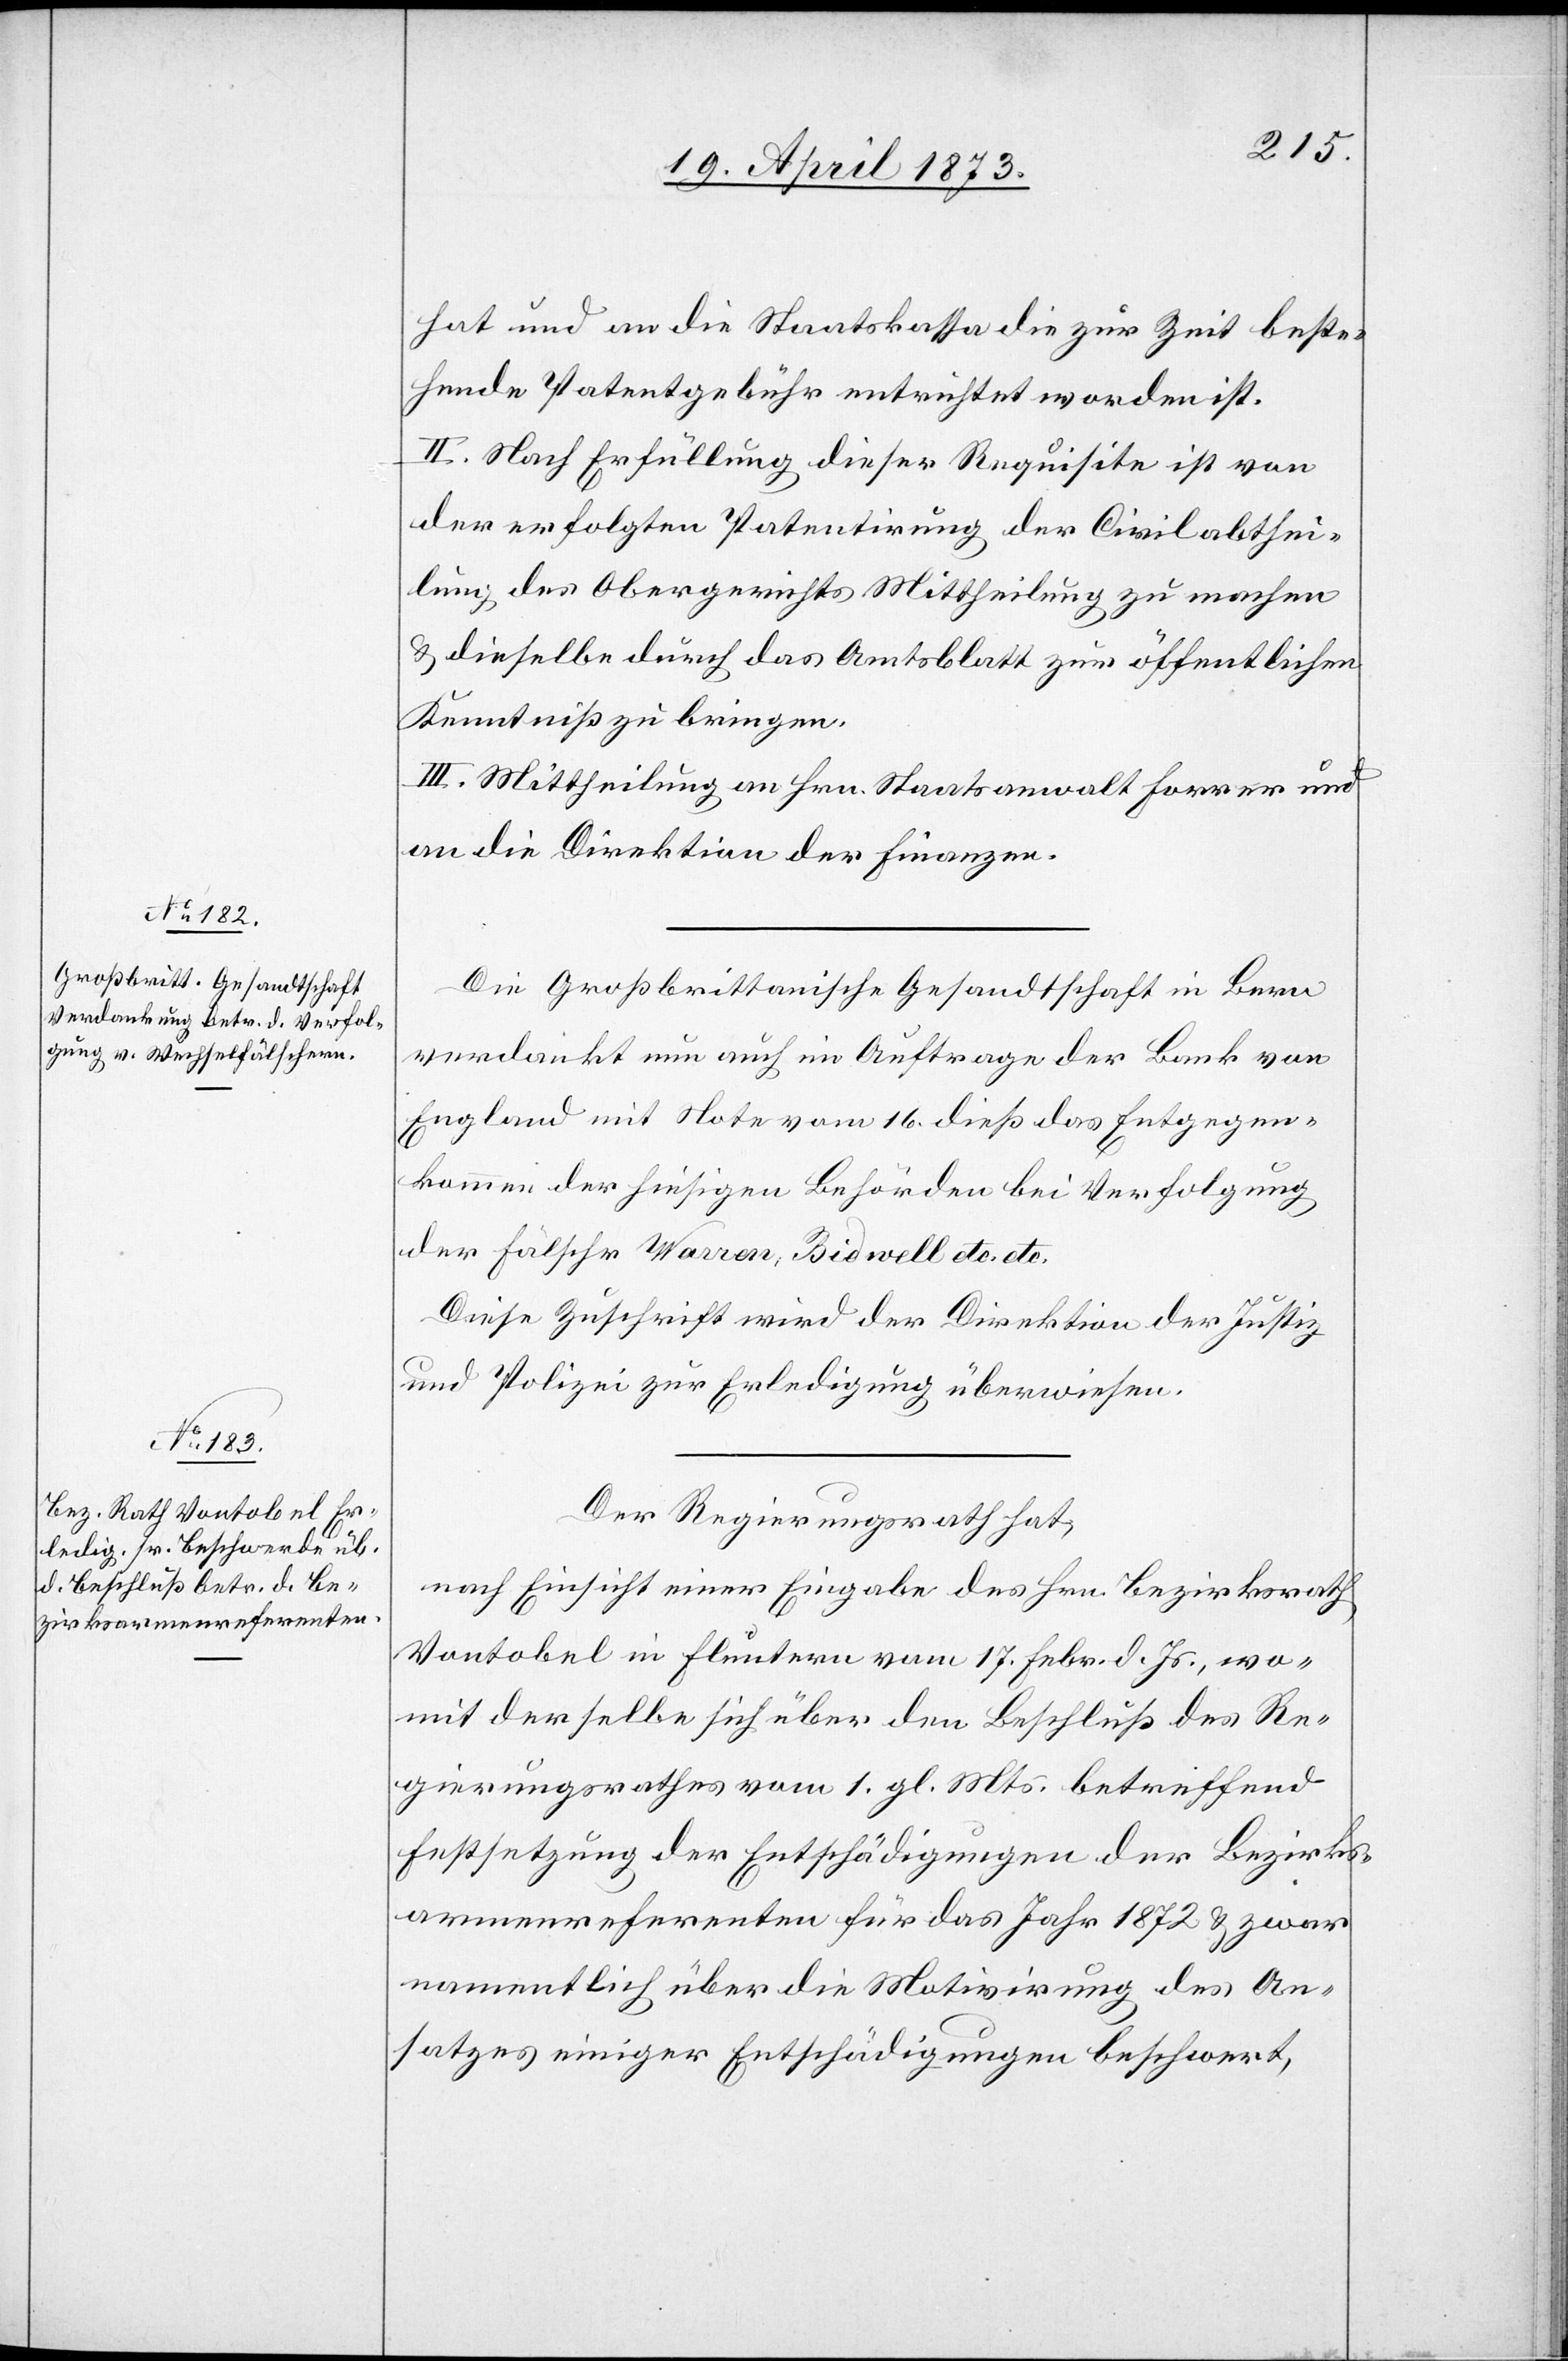
hat und an die Staatskassa die zur Zeit beste¬
hende Patentgebühr entrichtet worden ist.
II. Nach Erfüllung dieser Requisite ist von
der erfolgten Patentirung der Civilabthei¬
lung des Obergerichts Mittheilung zu machen
& dieselbe durch das Amtsblatt zur öffentlichen
Kenntniß zu bringen.
III. Mittheilung an Hrn. Staatsanwalt Forrer und
an die Direktion der Finanzen.
Die Großbrittan[n]ische Gesandtschaft in Bern
verdankt nun auch im Auftrage der Bank von
England mit Note vom 16. dieß das Entgegen¬
kommen der hiesigen Behörden bei Verfolgung
der Fälsch[e]r Warren, Bidwell etc. etc.
Diese Zuschrift wird der Direktion der Justiz
und Polizei zur Erledigung überwiesen.
Der Regierungsrath hat,
nach Einsicht einer Eingabe des Hrn. Bezirksrath
Vontobel in Fluntern vom 16. Febr. d. Js., wo¬
mit derselbe sich über den Beschluß des Re¬
gierungsrathes vom 1. gl. Mts. betreffend
Festsetzung der Entschädigungen der Bezirks¬
armenreferenten für das Jahr 1872 & zwar
namentlich über die Motivirung des An¬
satzes einiger Entschädigungen beschwert,